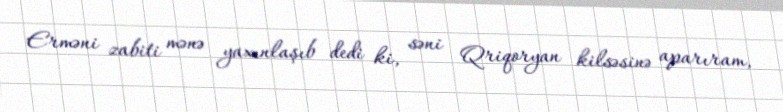
Erməni zabiti mənə yaxınlaşıb dedi ki, səni Qriqoryan kilsəsinə aparıram,